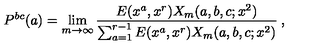
P ^ { b c } ( a ) = \lim _ { m \to \infty } \frac { E ( x ^ { a } , x ^ { r } ) X _ { m } ( a , b , c ; x ^ { 2 } ) } { \sum _ { a = 1 } ^ { r - 1 } E ( x ^ { a } , x ^ { r } ) X _ { m } ( a , b , c ; x ^ { 2 } ) } \: ,